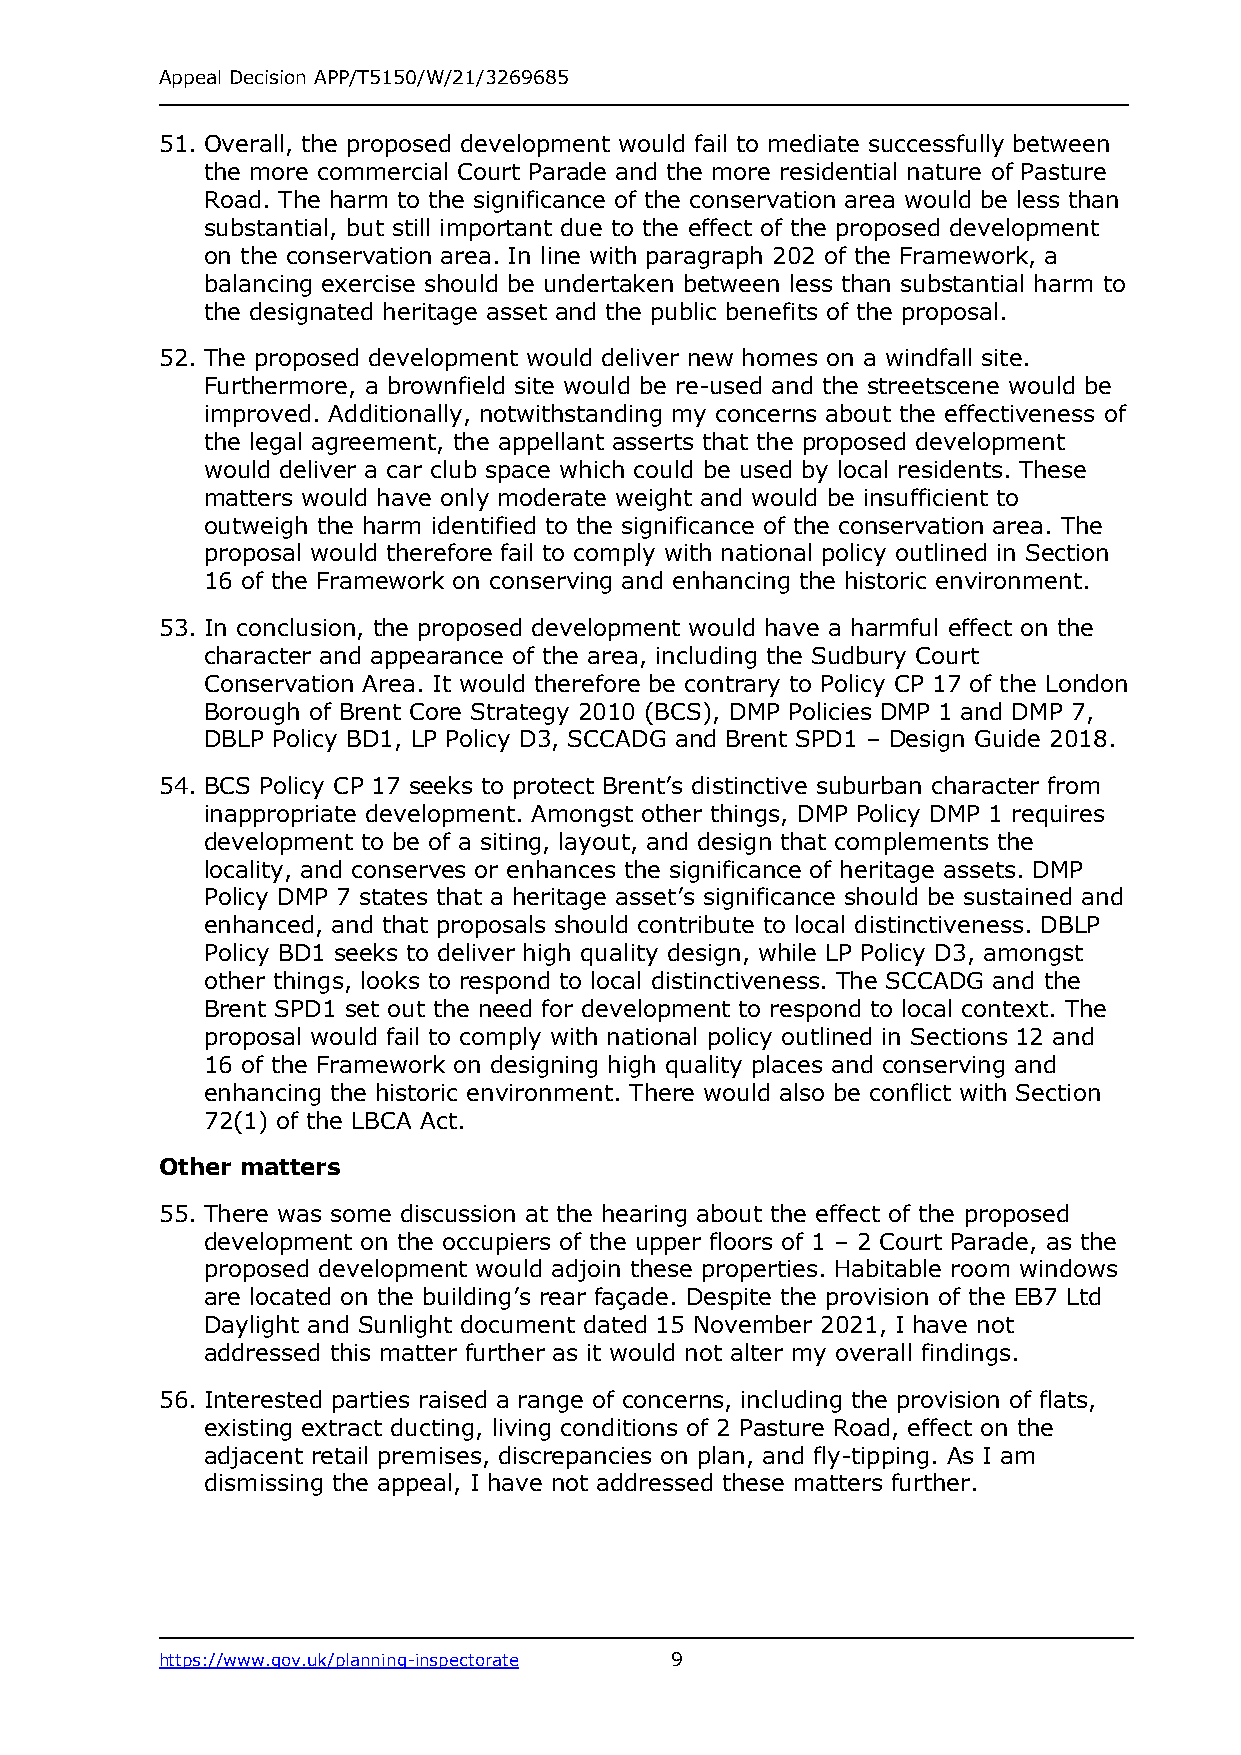
Appeal Decision APP/T5150/W/21/3269685
 51. Overall, the proposed development would fail to mediate successfully between
 the more commercial Court Parade and the more residential nature of Pasture
 Road. The harm to the significance of the conservation area would be less than
 substantial, but still important due to the effect of the proposed development
 on the conservation area. In line with paragraph 202 of the Framework, a
 balancing exercise should be undertaken between less than substantial harm to
 the designated heritage asset and the public benefits of the proposal.
 52. The proposed development would deliver new homes on a windfall site.
 Furthermore, a brownfield site would be re-used and the streetscene would be
 improved. Additionally, notwithstanding my concerns about the effectiveness of
 the legal agreement, the appellant asserts that the proposed development
 would deliver a car club space which could be used by local residents. These
 matters would have only moderate weight and would be insufficient to
 outweigh the harm identified to the significance of the conservation area. The
 proposal would therefore fail to comply with national policy outlined in Section
 16 of the Framework on conserving and enhancing the historic environment.
 53. In conclusion, the proposed development would have a harmful effect on the
 character and appearance of the area, including the Sudbury Court
 Conservation Area. It would therefore be contrary to Policy CP 17 of the London
 Borough of Brent Core Strategy 2010 (BCS), DMP Policies DMP 1 and DMP 7,
 DBLP Policy BD1, LP Policy D3, SCCADG and Brent SPD1 – Design Guide 2018.
 54. BCS Policy CP 17 seeks to protect Brent’s distinctive suburban character from
 inappropriate development. Amongst other things, DMP Policy DMP 1 requires
 development to be of a siting, layout, and design that complements the
 locality, and conserves or enhances the significance of heritage assets. DMP
 Policy DMP 7 states that a heritage asset’s significance should be sustained and
 enhanced, and that proposals should contribute to local distinctiveness. DBLP
 Policy BD1 seeks to deliver high quality design, while LP Policy D3, amongst
 other things, looks to respond to local distinctiveness. The SCCADG and the
 Brent SPD1 set out the need for development to respond to local context. The
 proposal would fail to comply with national policy outlined in Sections 12 and
 16 of the Framework on designing high quality places and conserving and
 enhancing the historic environment. There would also be conflict with Section
 72(1) of the LBCA Act.
 Other matters
 55. There was some discussion at the hearing about the effect of the proposed
 development on the occupiers of the upper floors of 1 – 2 Court Parade, as the
 proposed development would adjoin these properties. Habitable room windows
 are located on the building’s rear façade. Despite the provision of the EB7 Ltd
 Daylight and Sunlight document dated 15 November 2021, I have not
 addressed this matter further as it would not alter my overall findings.
 56. Interested parties raised a range of concerns, including the provision of flats,
 existing extract ducting, living conditions of 2 Pasture Road, effect on the
 adjacent retail premises, discrepancies on plan, and fly-tipping. As I am
 dismissing the appeal, I have not addressed these matters further.
 https://www.gov.uk/planning-inspectorate 9